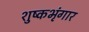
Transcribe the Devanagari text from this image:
शुष्कभृंगार